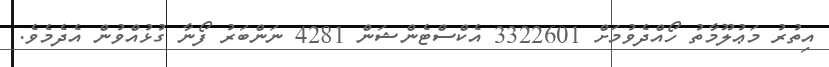
އިތުރު މަޢުލޫމާތު ހޯއްދެވުމަށް 3322601 އެކްސްޓެންޝަން 4281 ނަންބަރު ފޯނާ ގުޅުއްވުން އެދެމެވެ.